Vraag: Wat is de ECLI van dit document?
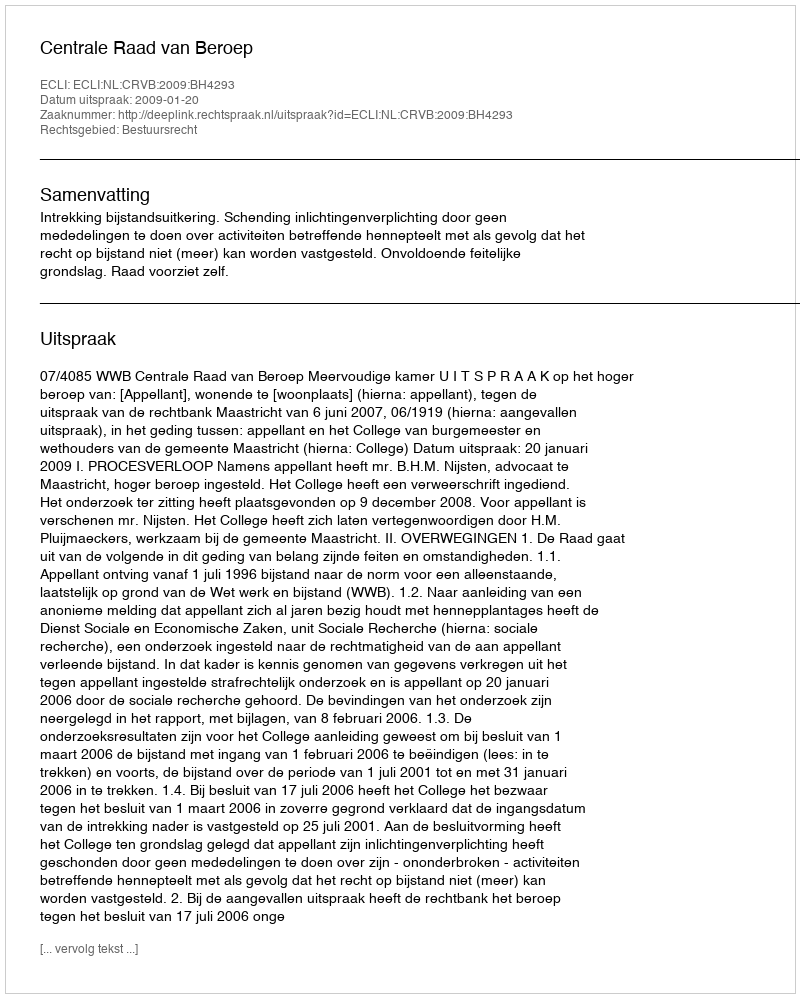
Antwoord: ECLI:NL:CRVB:2009:BH4293